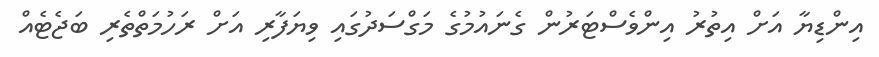
އިންޑިޔާ އަށް އިތުރު އިންވެސްޓަރުން ގެނައުމުގެ މަގްސަދުގައި ވިޔަފާރި އަށް ރަހުމަތްތެރި ބަޖެޓެއް